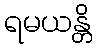
ရမယန္တိ